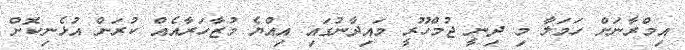
އިމްރާނަށް ހަމަލާ މި ދިނީ ޖުމްހޫރީ މައިދާނުގައި އިއްޔެ މުޒާހަރާއެއް ކުރަން އުޅެނިކޮށް